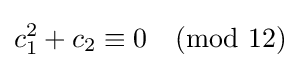
c_{1}^{2}+c_{2}\equiv 0{\pmod {12}}